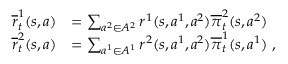
\begin{array} { r l } { \overline { { r } } _ { t } ^ { 1 } ( s , a ) } & { = \sum _ { a ^ { 2 } \in A ^ { 2 } } r ^ { 1 } ( s , a ^ { 1 } , a ^ { 2 } ) \overline { { \pi } } _ { t } ^ { 2 } ( s , a ^ { 2 } ) } \\ { \overline { { r } } _ { t } ^ { 2 } ( s , a ) } & { = \sum _ { a ^ { 1 } \in A ^ { 1 } } r ^ { 2 } ( s , a ^ { 1 } , a ^ { 2 } ) \overline { { \pi } } _ { t } ^ { 1 } ( s , a ^ { 1 } ) \ , } \end{array}